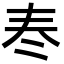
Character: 𡗫